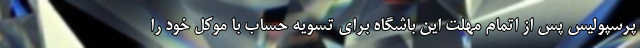
پرسپولیس پس از اتمام مهلت این باشگاه برای تسویه حساب با موکل خود را